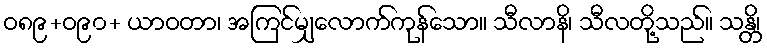
ဝ၈၉+ဝ၉၀+ ယာဝတာ၊ အကြင်မျှလောက်ကုန်သော။ သီလာနိ၊ သီလတို့သည်။ သန္တိ၊